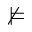
\nvDash